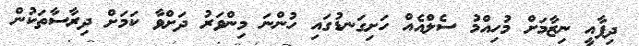
ދިފާއީ ނިޒާމަށް މުހިއްމު ސެލްއެއް ހަށިގަނޑުގައި ހުންނަ މިންވަރު ދަށްވާ ކަމަށް ދިރާސާތަކުން